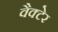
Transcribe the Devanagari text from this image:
वैक्टेर